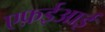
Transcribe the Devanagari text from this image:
एफ़ईआई